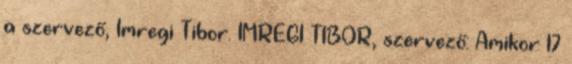
a szervező, Imregi Tibor. IMREGI TIBOR, szervező: Amikor 17